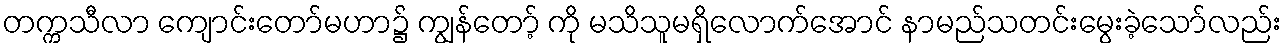
တက္ကသီလာ ကျောင်းတော်မဟာ၌ ကျွန်တော့် ကို မသိသူမရှိလောက်အောင် နာမည်သတင်းမွေးခဲ့သော်လည်း